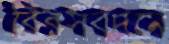
বিরসবদনে